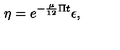
\eta = e ^ { - \frac { \mu } { 1 2 } \Pi t } \epsilon ,